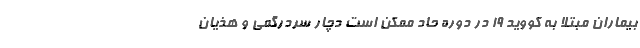
بیماران مبتلا به کووید ۱۹ در دوره حاد ممکن است دچار سردرگمی و هذیان